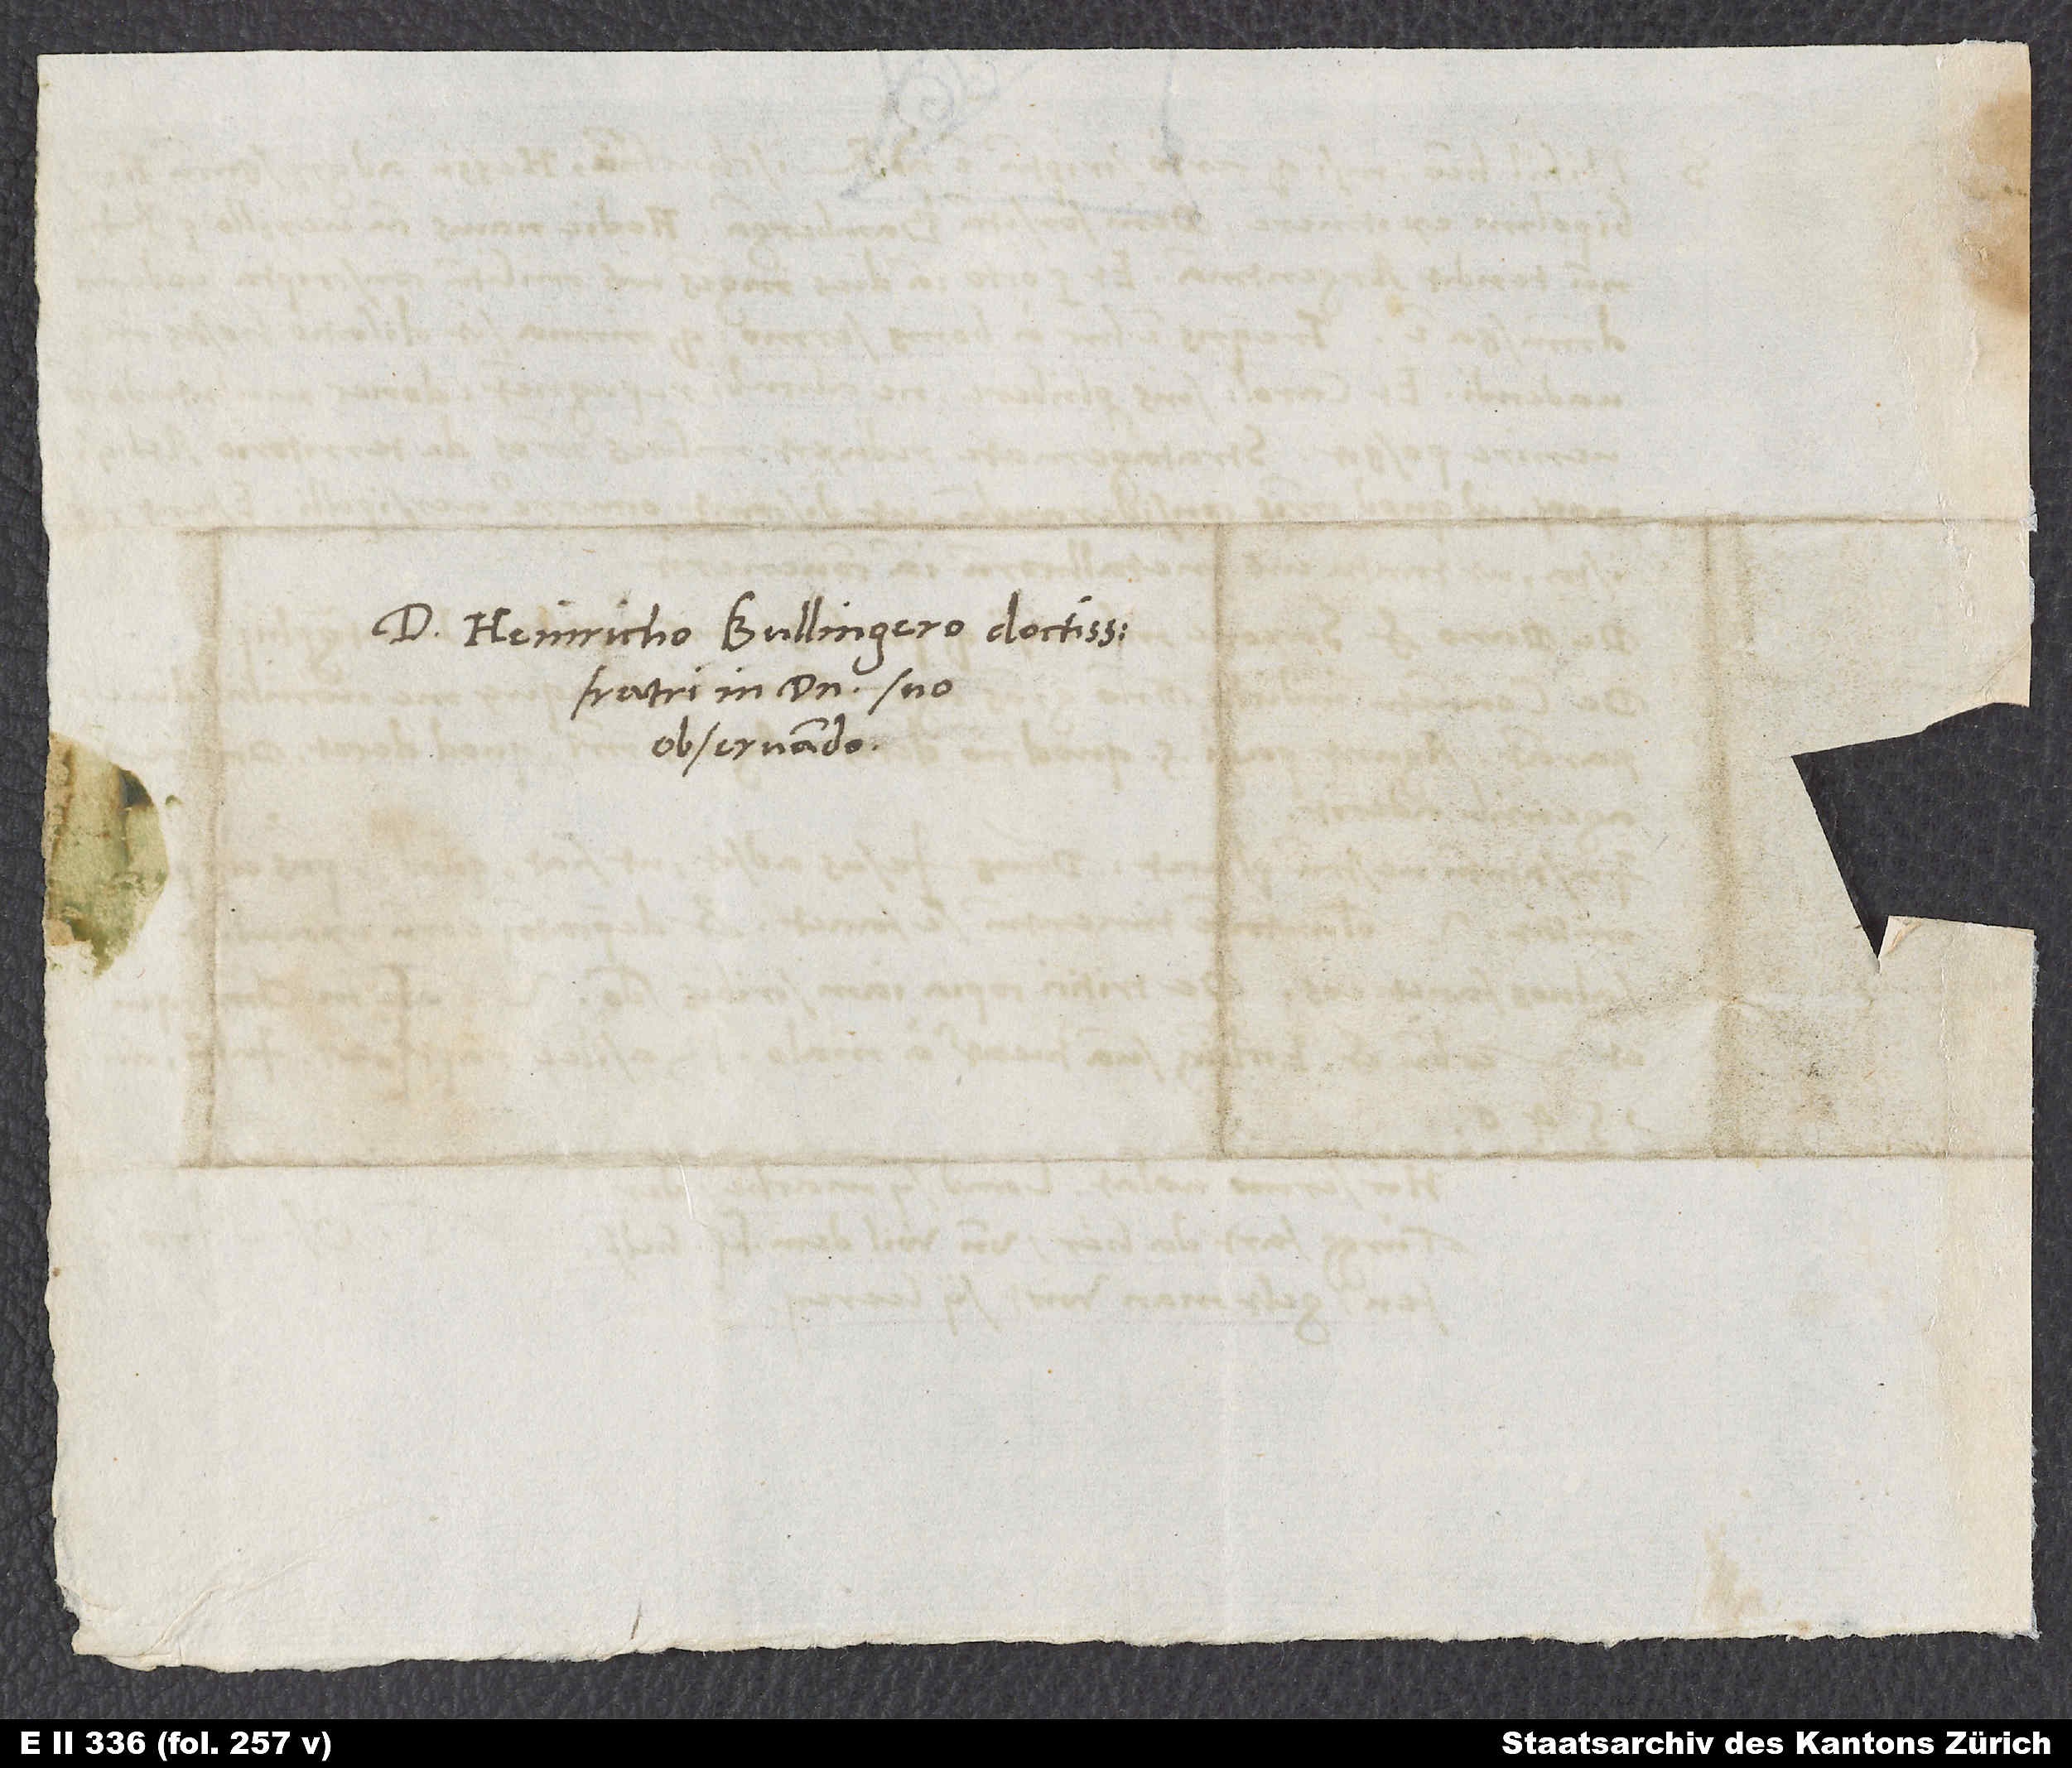
D. Heinricho Bullingero doctissimo,
fratri in domino suo
observando.